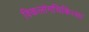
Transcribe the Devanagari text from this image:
विकलांगचिकित्सा